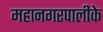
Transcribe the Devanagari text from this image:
महानगरपालीके